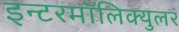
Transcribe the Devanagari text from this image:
इन्टरमॉलिक्युलर